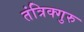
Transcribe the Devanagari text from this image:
तंत्रिक्गुरु